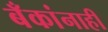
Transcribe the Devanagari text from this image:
बँकांनाही